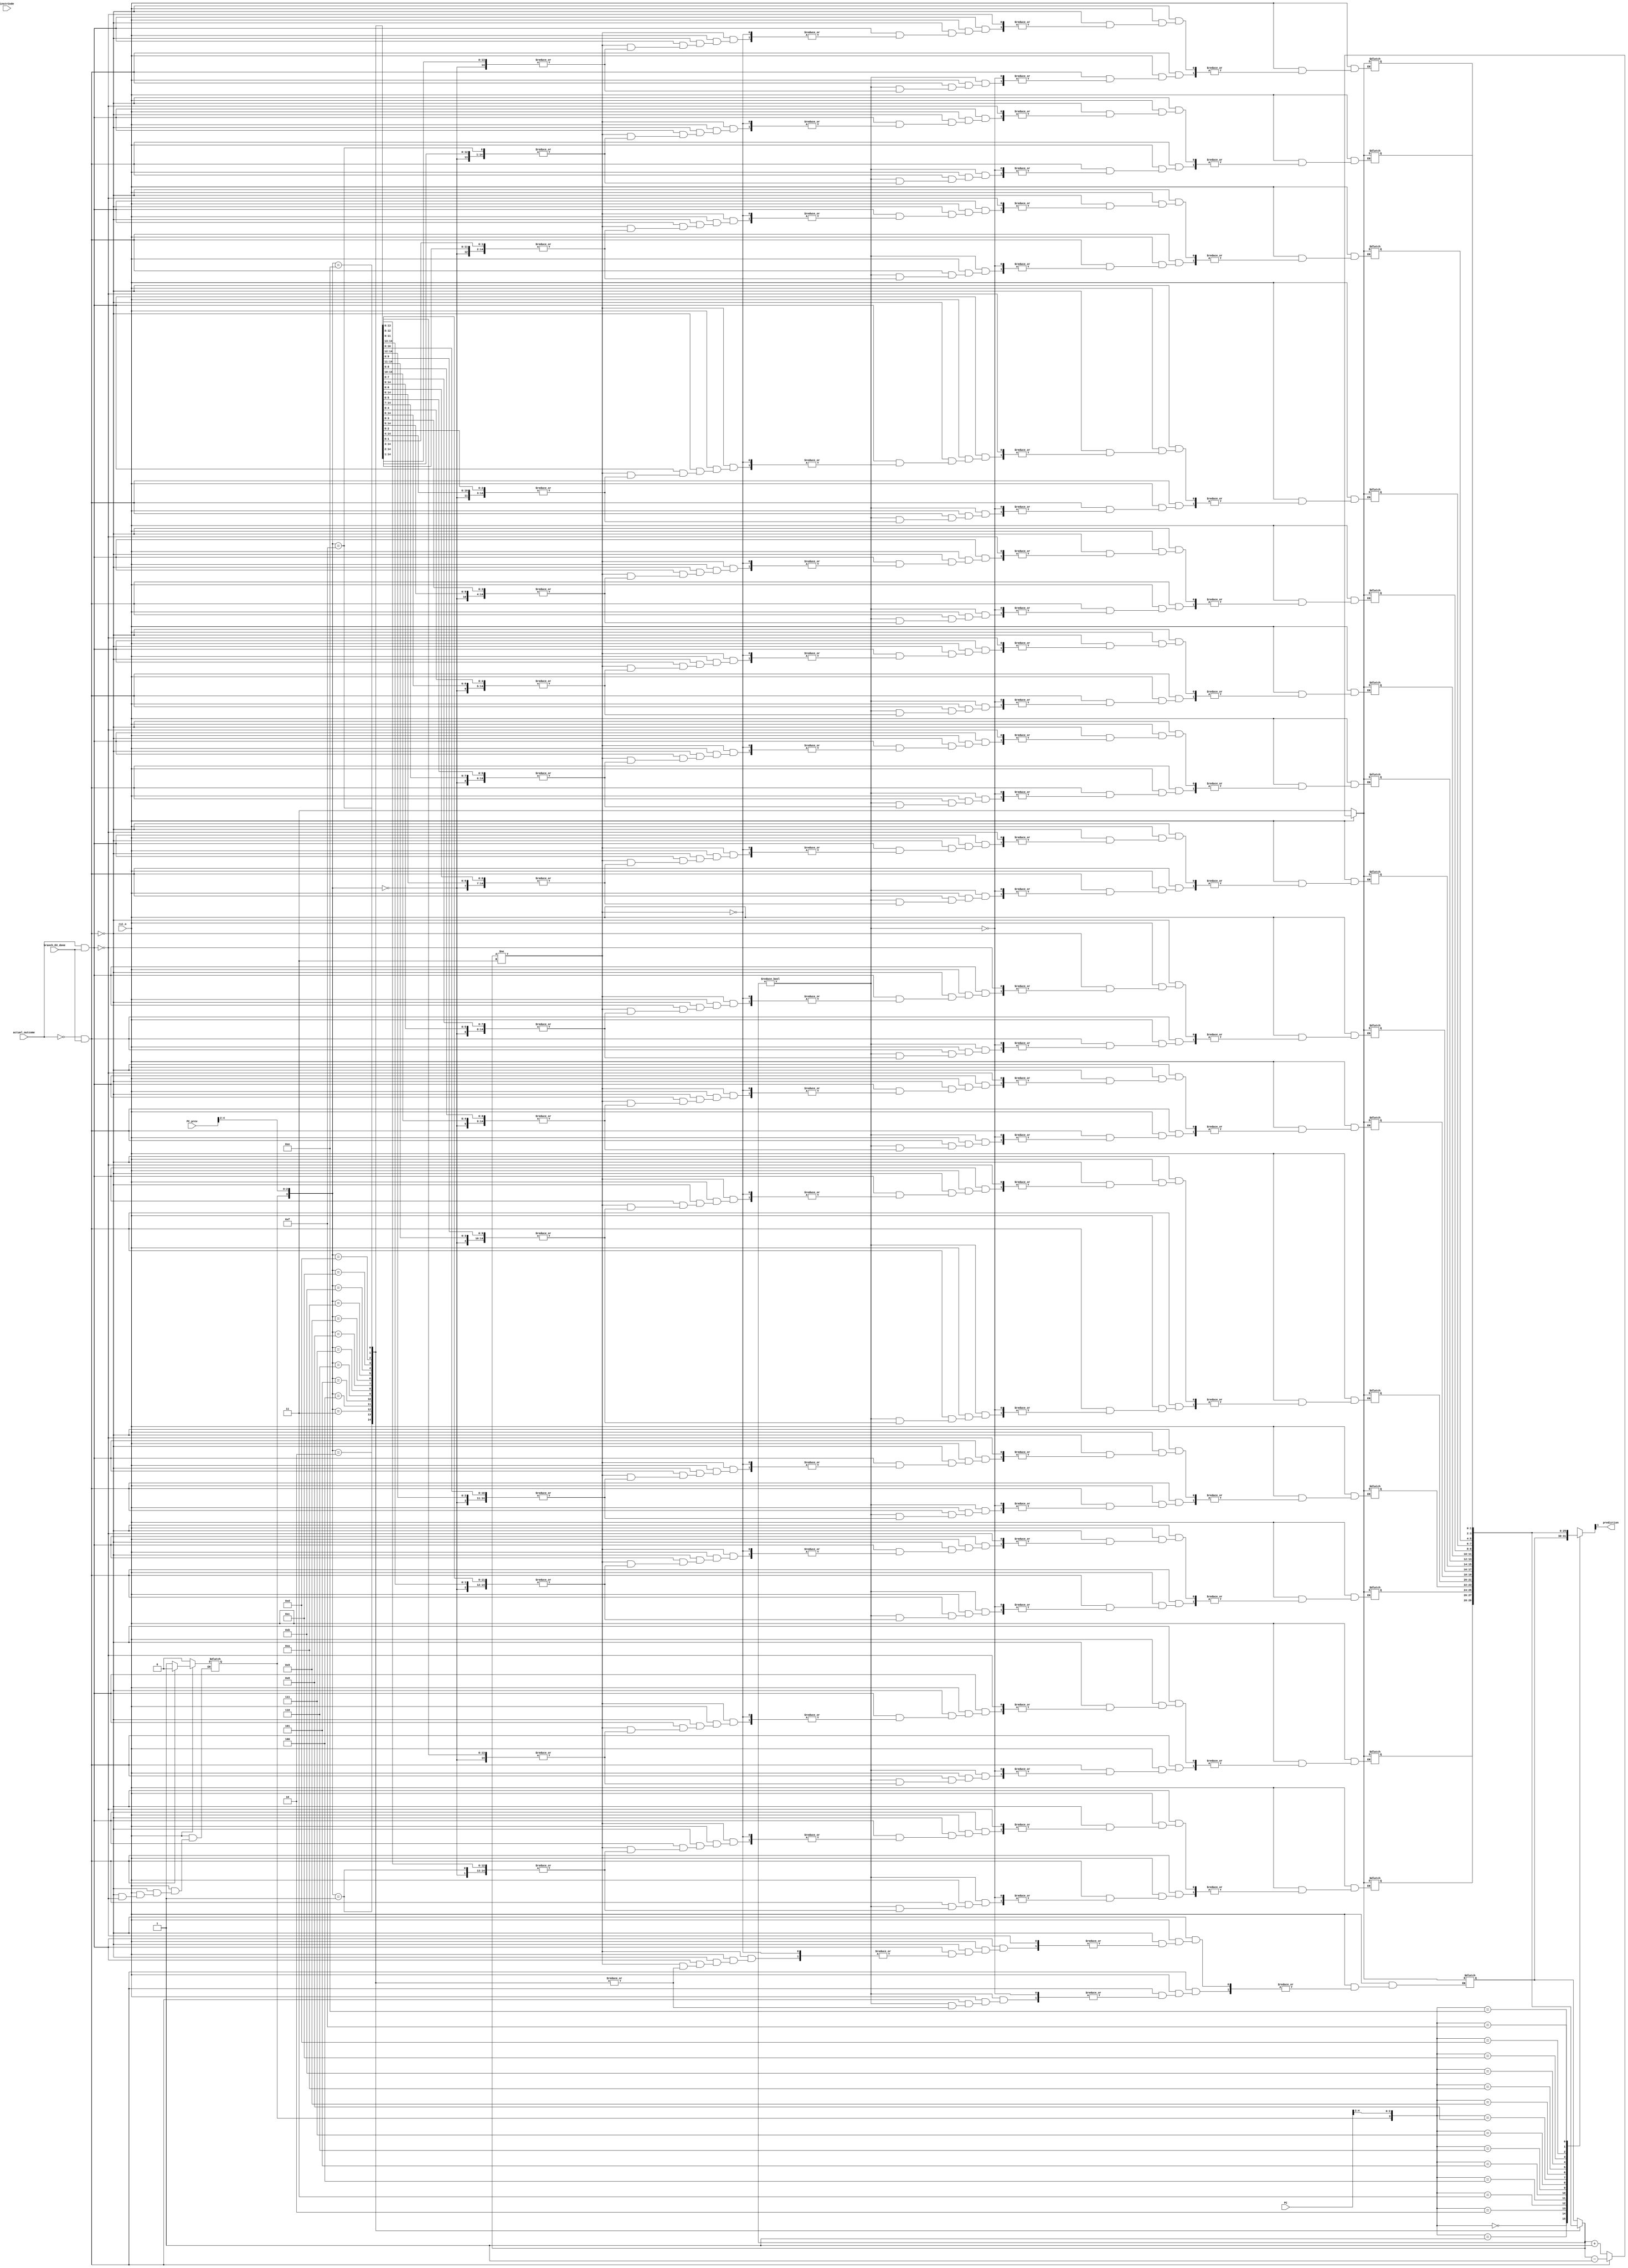
`timescale 1ns / 1ps
//////////////////////////////////////////////////////////////////////////////////
// Company: 
// Engineer: 
// 
// Design Name: 
// Module Name: Corr_branch_pred
// Project Name: 
// Target Devices: 
// Tool Versions: 
// Description: 
// 
// Dependencies: 
// 
// Revision:
// Revision 0.01 - File Created
// Additional Comments:
// 
//////////////////////////////////////////////////////////////////////////////////


//(2,1) correlating branch predictor
//(0) -> Not Taken          (1) -> Taken
module Corr_branch_pred(
  //  input clk,
    input [31 : 0] PC,
    input [31 : 0] PC_prev,
    input rst_n, 
    input [31:0] instrCode,
    input actual_outcome,       //To modify contents
    input branch_EX_done,       //A control signal to indicate EX unit is sending actual_outcome result to this unit
    output reg prediction
    );
    reg [1:0] BHT_reg[0:15];    //16-entry Branch History Table, each entry of 2-bits
    reg global_shift_reg;       //1-bit shift register to analyze previous 1 branch
    integer cnt;
    reg [2:0] branch_index_bits;
    reg [3:0] index;
    
    reg [3:0] index_prev;
    reg [2 : 0] branch_index_bits_prev;
    //reg update;
   always@(PC)
   begin
     branch_index_bits = PC[4:2];
     index = {global_shift_reg,branch_index_bits};   
     prediction = BHT_reg[index][1];
     
     branch_index_bits_prev = PC_prev[4 : 2];
     index_prev = {global_shift_reg,branch_index_bits_prev};
   end
    //assign prediction = BHT_reg[index][1];
   // assign update = actual_outcome;
    always@(*)
    begin
        if(rst_n==1'b0)
        begin
            for(cnt = 0; cnt<16; cnt=cnt+1)
            begin
                BHT_reg[cnt] <= 2'b11;   //Initially predict Taken      
            end
            global_shift_reg <= 1'b0;   //Initially 0
        end
        
        else if(actual_outcome == 1'b0 && branch_EX_done == 1'b1)
        begin
            if(BHT_reg[index_prev] != 2'b00)
            begin
                BHT_reg[index_prev] = BHT_reg[index_prev]-1;
                $display("1 %d %d", PC_prev, BHT_reg[index_prev]);
            end
            
            global_shift_reg = 0;
         //   update = 1'bx;
        end
        
        else if(actual_outcome == 1'b1 && branch_EX_done == 1'b1)
        begin
            if(BHT_reg[index_prev] != 2'b11)
            begin
                BHT_reg[index_prev] = BHT_reg[index_prev]+1;
                $display("2 %d %d", PC_prev, BHT_reg[index_prev]);
            end
            
            global_shift_reg = 1;
           // update = 1'bx;
        end
    end

endmodule